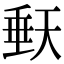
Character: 𭏀